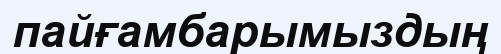
пайғамбарымыздың